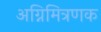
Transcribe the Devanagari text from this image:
अग्निमित्रणक